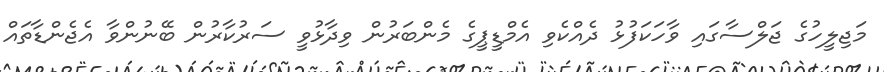
މަޖިލީހުގެ ޖަލްސާގައި ވާހަކަފުޅު ދެއްކެވި އެމްޑީޕީގެ މެންބަރުން ވިދާޅުވީ ސަރުކާރުން ބޭނުންވާ އެޖެންޑާތައް